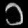
Digit: ၁